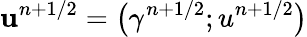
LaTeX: \mathbf{u}^{n+1/2}=\bigl(\gamma^{n+1/2};u^{n+1/2}\bigr)